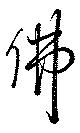
仏